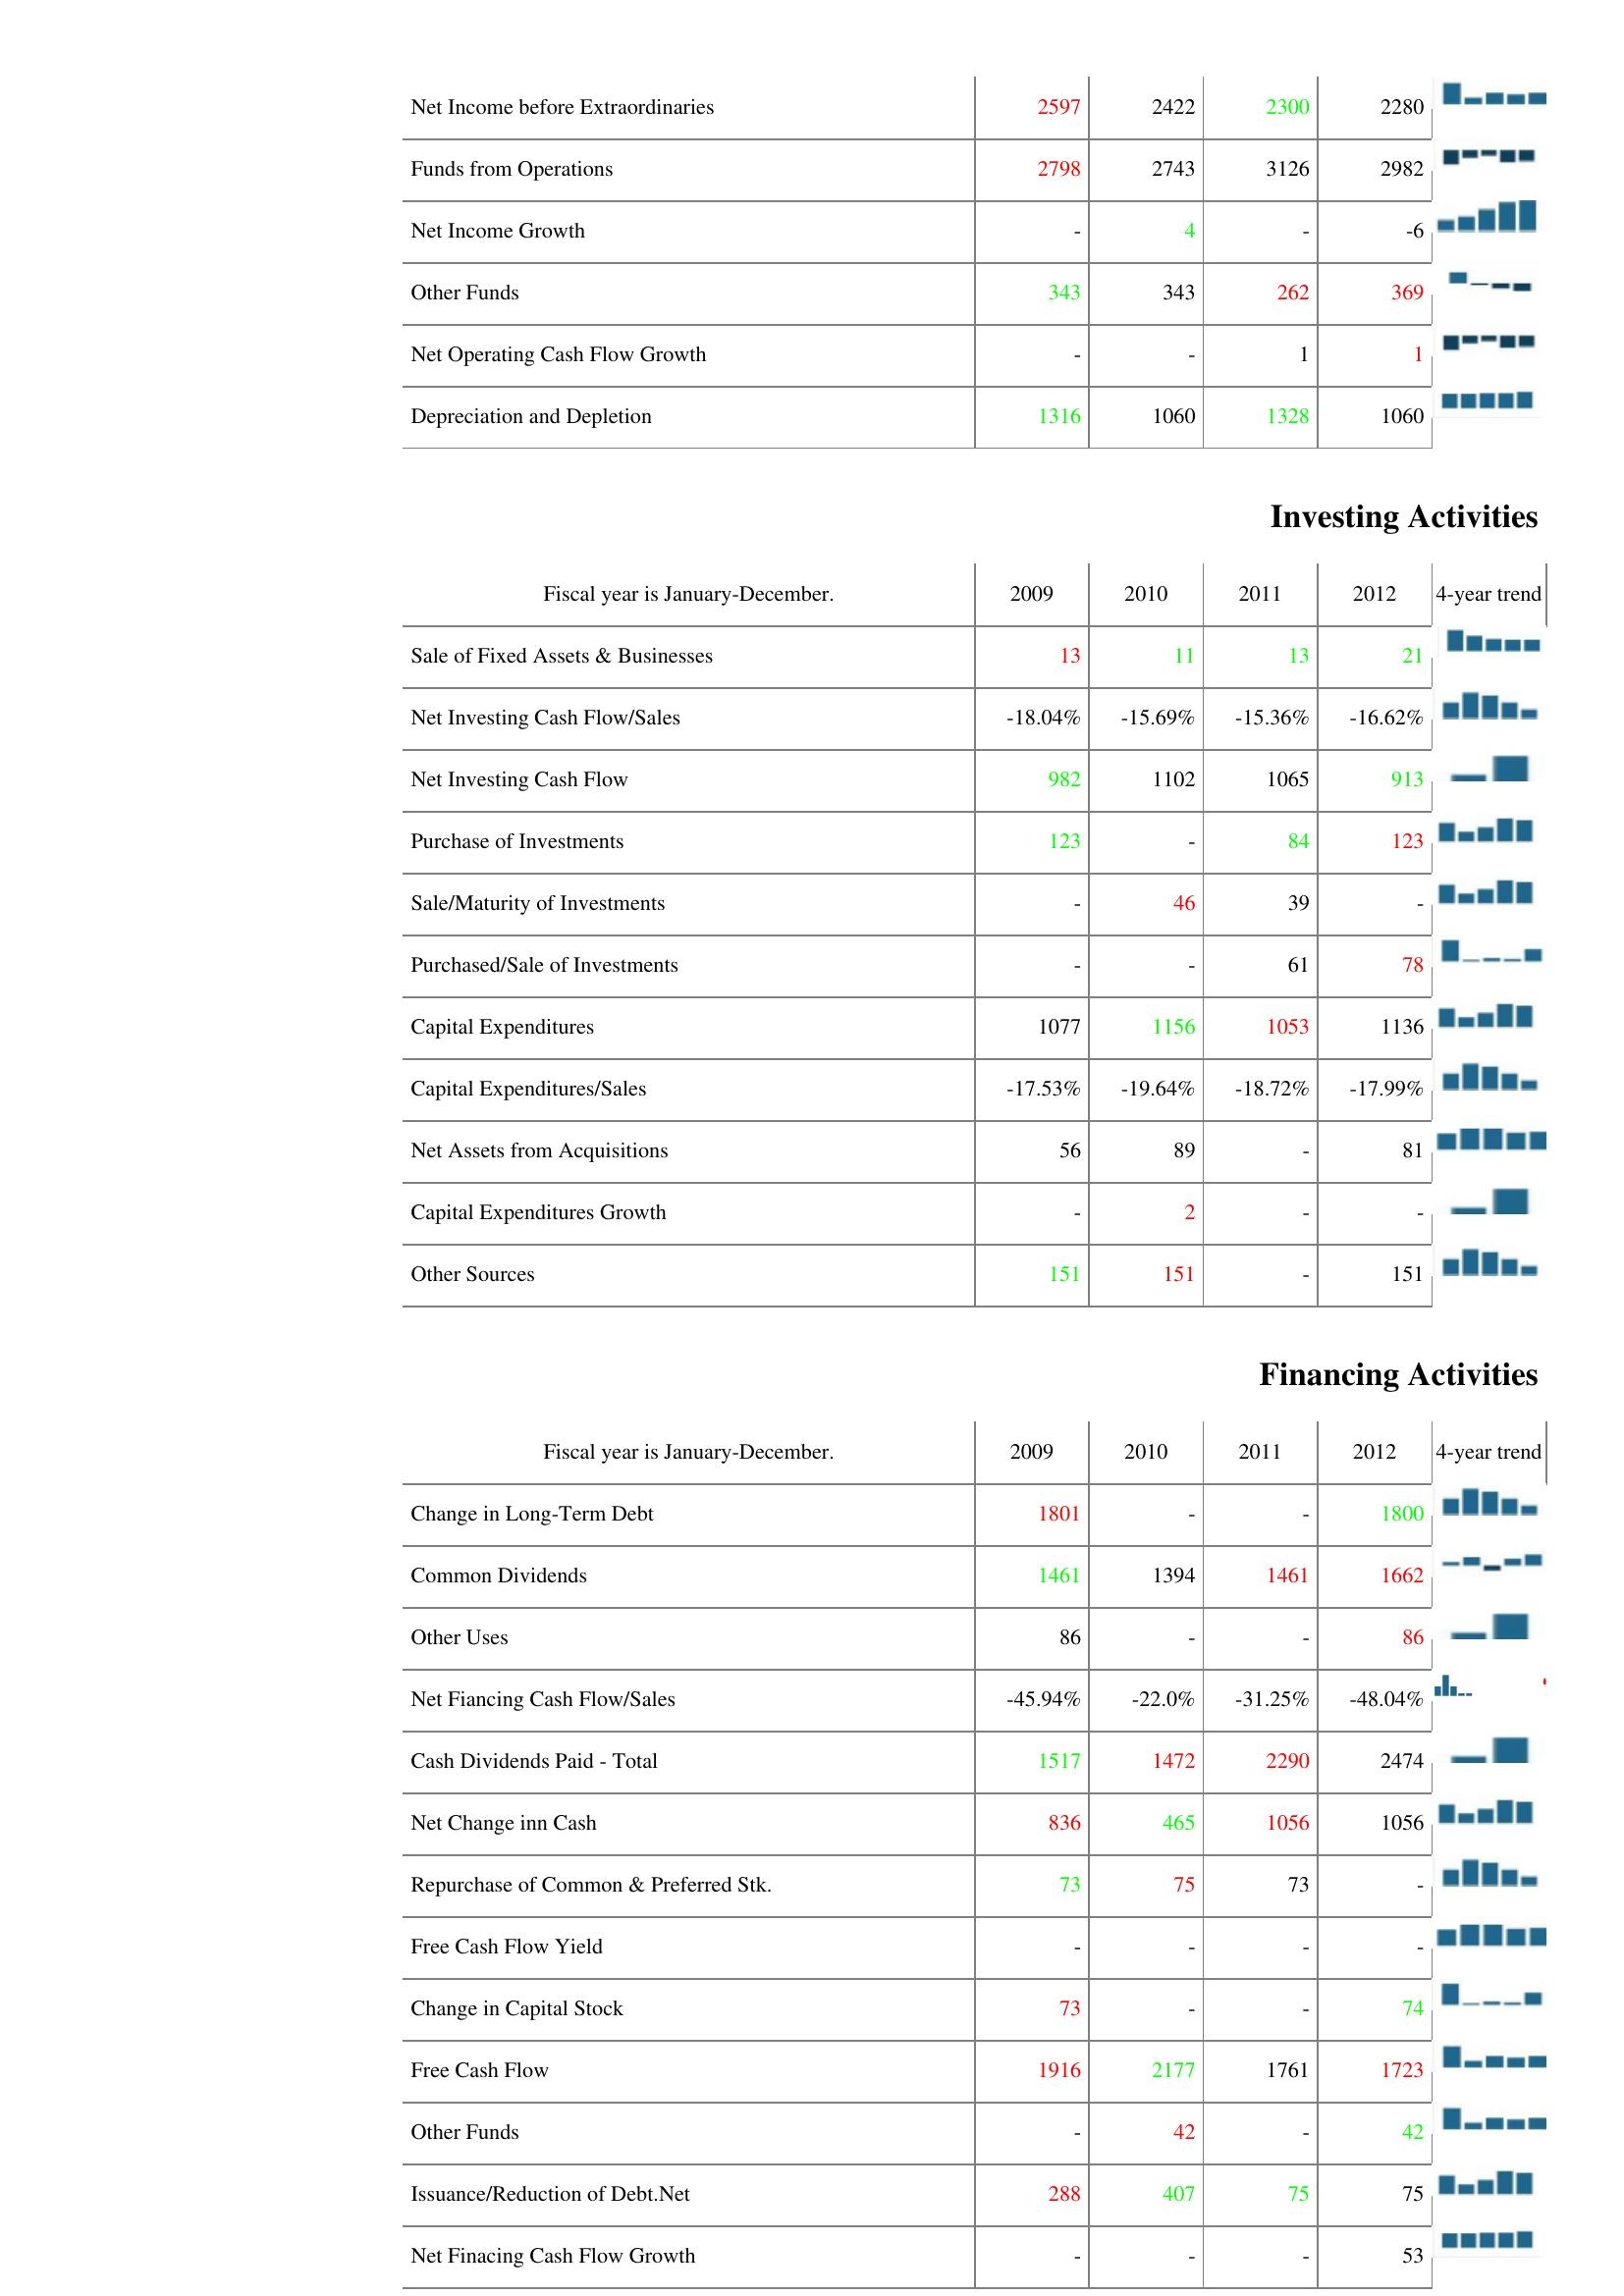
2009: Operating Activities: Net Income before Extraordinaries: 2597
Funds from Operations: 2798
Net Income Growth: -
Other Funds: 343
Net Operating Cash Flow Growth: -
Depreciation and Depletion: 1316
Investing Activities: Sale of Fixed Assets & Businesses: 13
Net Investing Cash Flow/Sales: -18.04%
Net Investing Cash Flow: 982
Purchase of Investments: 123
Sale/Maturity of Investments: -
Purchased/Sale of Investments: -
Capital Expenditures: 1077
Capital Expenditures/Sales: -17.53%
Net Assets from Acquisitions: 56
Capital Expenditures Growth: -
Other Sources: 151
Financing Activities: Change in Long-Term Debt: 1801
Common Dividends: 1461
Other Uses: 86
Net Fiancing Cash Flow/Sales: -45.94%
Cash Dividends Paid - Total: 1517
Net Change inn Cash: 836
Repurchase of Common & Preferred Stk.: 73
Free Cash Flow Yield: -
Change in Capital Stock: 73
Free Cash Flow: 1916
Other Funds: -
Issuance/Reduction of Debt.Net: 288
Net Finacing Cash Flow Growth: -
2010: Operating Activities: Net Income before Extraordinaries: 2422
Funds from Operations: 2743
Net Income Growth: 4
Other Funds: 343
Net Operating Cash Flow Growth: -
Depreciation and Depletion: 1060
Investing Activities: Sale of Fixed Assets & Businesses: 11
Net Investing Cash Flow/Sales: -15.69%
Net Investing Cash Flow: 1102
Purchase of Investments: -
Sale/Maturity of Investments: 46
Purchased/Sale of Investments: -
Capital Expenditures: 1156
Capital Expenditures/Sales: -19.64%
Net Assets from Acquisitions: 89
Capital Expenditures Growth: 2
Other Sources: 151
Financing Activities: Change in Long-Term Debt: -
Common Dividends: 1394
Other Uses: -
Net Fiancing Cash Flow/Sales: -22.0%
Cash Dividends Paid - Total: 1472
Net Change inn Cash: 465
Repurchase of Common & Preferred Stk.: 75
Free Cash Flow Yield: -
Change in Capital Stock: -
Free Cash Flow: 2177
Other Funds: 42
Issuance/Reduction of Debt.Net: 407
Net Finacing Cash Flow Growth: -
2011: Operating Activities: Net Income before Extraordinaries: 2300
Funds from Operations: 3126
Net Income Growth: -
Other Funds: 262
Net Operating Cash Flow Growth: 1
Depreciation and Depletion: 1328
Investing Activities: Sale of Fixed Assets & Businesses: 13
Net Investing Cash Flow/Sales: -15.36%
Net Investing Cash Flow: 1065
Purchase of Investments: 84
Sale/Maturity of Investments: 39
Purchased/Sale of Investments: 61
Capital Expenditures: 1053
Capital Expenditures/Sales: -18.72%
Net Assets from Acquisitions: -
Capital Expenditures Growth: -
Other Sources: -
Financing Activities: Change in Long-Term Debt: -
Common Dividends: 1461
Other Uses: -
Net Fiancing Cash Flow/Sales: -31.25%
Cash Dividends Paid - Total: 2290
Net Change inn Cash: 1056
Repurchase of Common & Preferred Stk.: 73
Free Cash Flow Yield: -
Change in Capital Stock: -
Free Cash Flow: 1761
Other Funds: -
Issuance/Reduction of Debt.Net: 75
Net Finacing Cash Flow Growth: -
2012: Operating Activities: Net Income before Extraordinaries: 2280
Funds from Operations: 2982
Net Income Growth: -6
Other Funds: 369
Net Operating Cash Flow Growth: 1
Depreciation and Depletion: 1060
Investing Activities: Sale of Fixed Assets & Businesses: 21
Net Investing Cash Flow/Sales: -16.62%
Net Investing Cash Flow: 913
Purchase of Investments: 123
Sale/Maturity of Investments: -
Purchased/Sale of Investments: 78
Capital Expenditures: 1136
Capital Expenditures/Sales: -17.99%
Net Assets from Acquisitions: 81
Capital Expenditures Growth: -
Other Sources: 151
Financing Activities: Change in Long-Term Debt: 1800
Common Dividends: 1662
Other Uses: 86
Net Fiancing Cash Flow/Sales: -48.04%
Cash Dividends Paid - Total: 2474
Net Change inn Cash: 1056
Repurchase of Common & Preferred Stk.: -
Free Cash Flow Yield: -
Change in Capital Stock: 74
Free Cash Flow: 1723
Other Funds: 42
Issuance/Reduction of Debt.Net: 75
Net Finacing Cash Flow Growth: 53